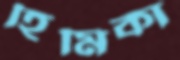
হিমিকা